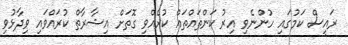
ރައީސް ކަމުގައި ހުންނެވި އިރު ކަންތައްތައް ކުރެއްވި ގޮތަށް އިޝާރާތް ކުރައްވައި ވިދާޅުވި